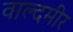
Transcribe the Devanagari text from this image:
वाल्दमीर